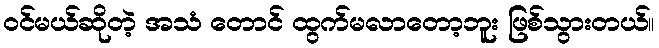
ဝင်မယ်ဆိုတဲ့ အသံ တောင် ထွက်မလာတော့ဘူး ဖြစ်သွားတယ်။